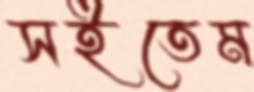
সইতেম